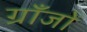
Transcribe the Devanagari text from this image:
ग्राँजों